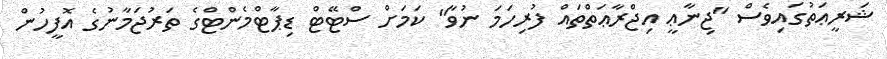
ޝަރީޢަތުގައިވެސް "ޖިނާޢީ އިޖްރާޢަތްތައް ފުރިހަމަ ނުވާ" ކަމަށް ސްޓޭޓް ޑިޕާޓްމެންޓްގެ ތަރުޖަމާނުގެ އޮފީހުން